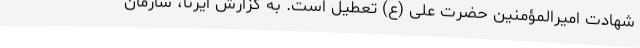
شهادت امیرالمؤمنین حضرت علی (ع) تعطیل است. به گزارش ایرنا، سازمان